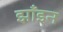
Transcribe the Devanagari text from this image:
झाँइन